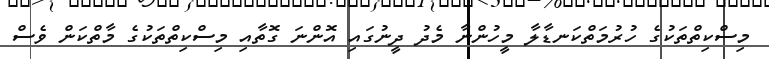
މިސްކިތްތަކުގެ ހުރުމަތްކަނޑާލާ މީހުންނާ މެދު ދީނުގައި އޮންނަ ގޮތާއި މިސްކިތްތަކުގެ މާތްކަން ވެސް